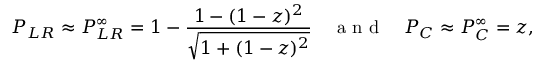
P _ { L R } \approx P _ { L R } ^ { \infty } = 1 - \frac { 1 - ( 1 - z ) ^ { 2 } } { \sqrt { 1 + ( 1 - z ) ^ { 2 } } } \quad \mathrm { ~ a ~ n ~ d ~ } \quad P _ { C } \approx P _ { C } ^ { \infty } = z ,